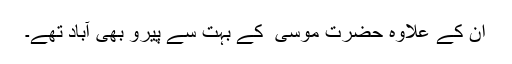
ان کے علاوہ حضرت موسیٰ ؑ کے بہت سے پیرو بھی آباد تھے۔